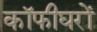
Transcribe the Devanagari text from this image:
कॉफीघरों